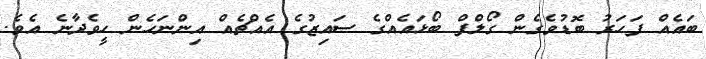
ބައެއް ފަހަރު ބޮޑުވެގެން ގޯލްފް ބޯޅައެއްގެ ސައިޒުގެ އެއްޗެއް އިންނަހެން ހީވެދާނެ އެވެ.